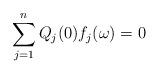
LaTeX: \begin{align*} \sum_{j = 1}^n Q_j(0) f_j(\omega) = 0 \end{align*}